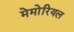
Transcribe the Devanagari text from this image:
मेमोरियल